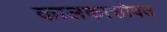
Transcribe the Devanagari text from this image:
कालकासोबत